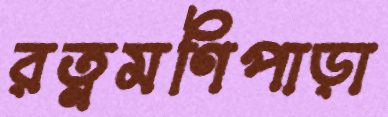
রত্নমণিপাড়া